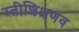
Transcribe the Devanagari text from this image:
स्त्रीशिक्षणव